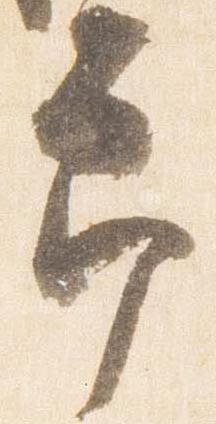
節